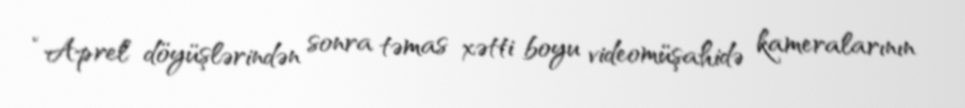
“Aprel döyüşlərindən sonra təmas xətti boyu videomüşahidə kameralarının